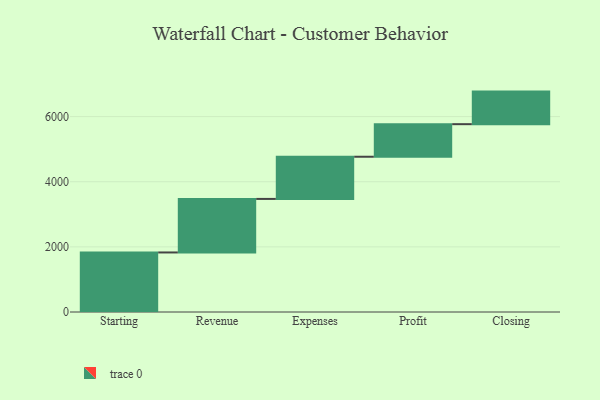
{"axis": {"x": "Step", "y": "Value"}, "legend": [""], "data": [{"x": "Starting", "y": 1828.0, "type": ""}, {"x": "Revenue", "y": 1644.0, "type": ""}, {"x": "Expenses", "y": 1295.0, "type": ""}, {"x": "Profit", "y": 1000, "type": ""}, {"x": "Closing", "y": 1000, "type": ""}]}